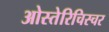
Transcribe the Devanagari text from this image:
ओस्तेरिचिस्चर